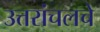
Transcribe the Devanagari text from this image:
उत्तरांचलचे